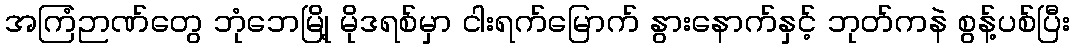
အကြံဉာဏ်တွေ ဘုံဘေမြို့ မိုဒရစ်မှာ ငါးရက်မြောက် နွားနောက်နှင့် ဘုတ်ကနဲ စွန့်ပစ်ပြီး